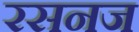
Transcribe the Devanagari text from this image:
रसनज